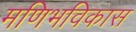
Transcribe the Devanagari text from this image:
मणिभविकास